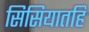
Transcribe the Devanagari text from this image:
सिसियातहि